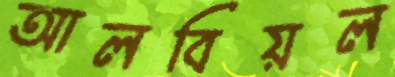
আলবিয়ল